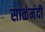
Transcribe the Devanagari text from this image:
साळंमंदी